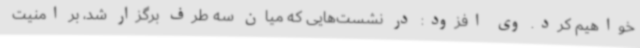
خواهیم کرد. وی افزود: در نشست‌هایی که میان سه طرف برگزار شد، بر امنیت